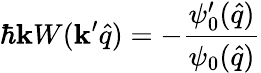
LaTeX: \hbar\mathbf{k}W(\mathbf{k}^{\prime}\hat{{q}})=-\frac{{\psi_{0}^{\prime}(\hat{{q}})}}{{\psi_{0}(\hat{{q}})}}